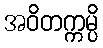
အဝိတက္ကမ္ပိ